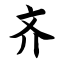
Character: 齐